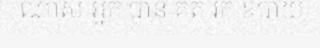
ណាស់ អ្នក បាន គិត រក ឧបាយ